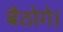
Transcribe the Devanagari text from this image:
बैठोगे।